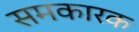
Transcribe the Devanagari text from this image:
समकारक